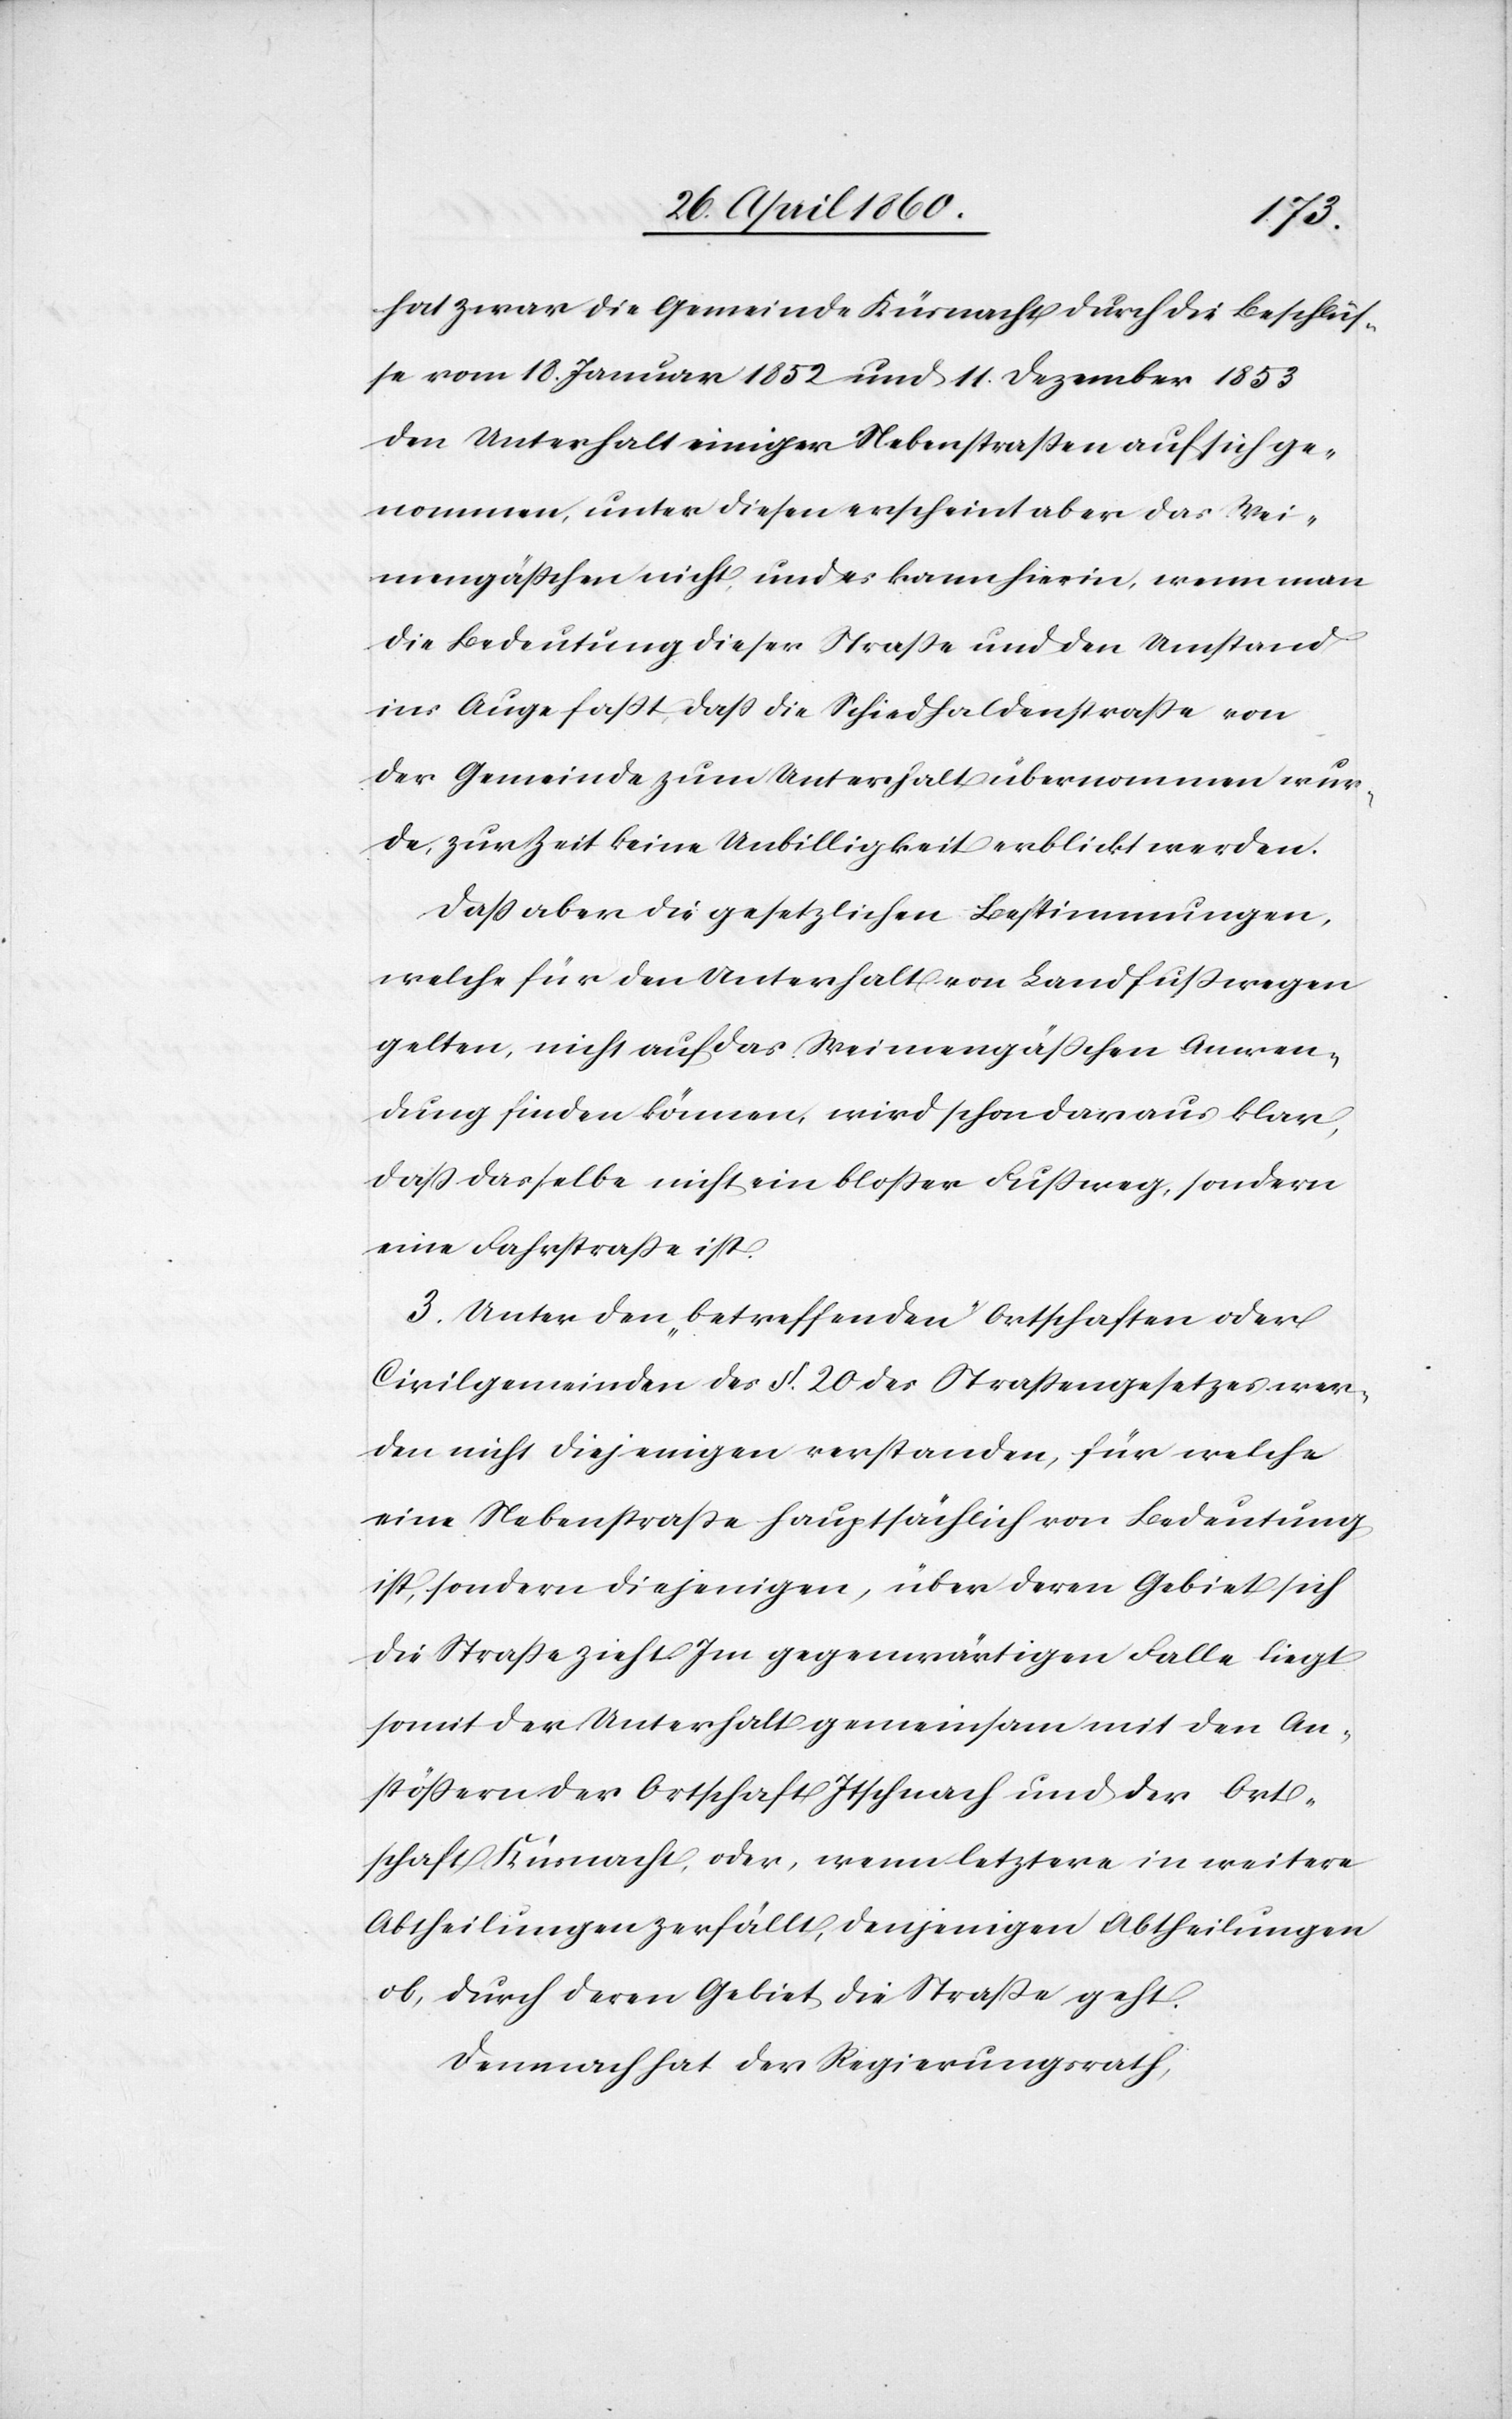
hat zwar die Gemeinde Küsnacht durch die Beschlüs¬
se vom 10. Januar 1852 und 11. Dezember 1853
den Unterhalt einiger Nebenstrassen auf sich ge¬
nommen, unter diesen erscheint aber das Wei¬
mengässchen nicht und es kann hierin, wenn man
die Bedeutung dieser Strasse und den Umstand
ins Auge fasst, dass die Schiedhaldenstrasse von
der Gemeinde zum Unterhalt übernommen wur¬
de, zur Zeit keine Unbilligkeit erblickt werden.
Dass aber die gesetzlichen Bestimmungen,
welche für den Unterhalt von Landfusswegen
gelten, nicht auf das Weimengässchen Anwen¬
dung finden können, wird schon daraus klar,
dass dasselbe nicht ein blosser Fussweg, sondern
eine Fahrstrasse ist.
3. Unter den „betreffenden“ Ortschaften oder
Civilgemeinden des §. 20 des Strassengesetzes wer¬
den nicht diejenigen verstanden, für welche
eine Nebenstrasse hauptsächlich von Bedeutung
ist, sondern diejenigen, über deren Gebiet sich
die Strasse zieht. Im gegenwärtigen Falle liegt
somit der Unterhalt gemeinsam mit den An¬
stössern der Ortschaft Itschnach und der Ort¬
schaft Küsnacht, oder, wenn letztere in weitere
Abtheilungen zerfällt, denjenigen Abtheilungen
ob, durch deren Gebiet die Strasse geht.
Demnach hat der Regierungsrath,